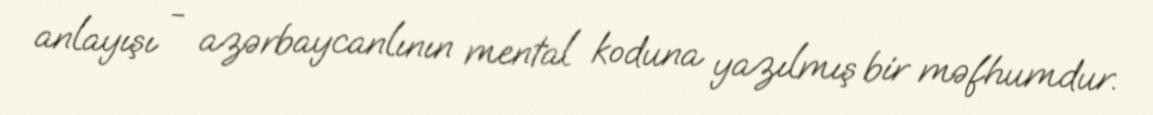
anlayışı - azərbaycanlının mental koduna yazılmış bir məfhumdur.